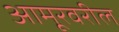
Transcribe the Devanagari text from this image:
आमूरवरील